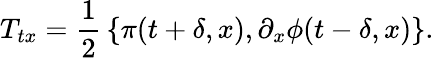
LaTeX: T_{tx}={\frac{1}{2}}\left\{ \pi(t+\delta,x),\partial_{x}\phi(t-\delta,x)\right\} .